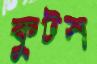
কুটস